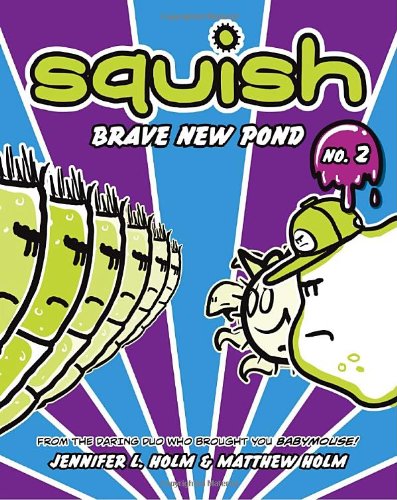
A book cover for Squish #2: Brave New Pond; Jennifer L. Holm; Children's Books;